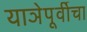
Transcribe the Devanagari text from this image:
याञेपूर्वीचा